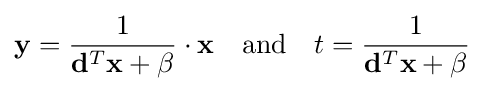
\mathbf {y} ={\frac {1}{\mathbf {d} ^{T}\mathbf {x} +\beta }}\cdot \mathbf {x} \quad {\text{and}}\quad t={\frac {1}{\mathbf {d} ^{T}\mathbf {x} +\beta }}